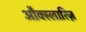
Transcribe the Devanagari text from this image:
औक्स्लारिज़